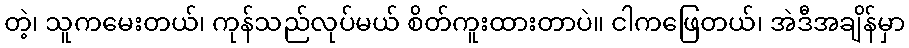
တဲ့၊ သူကမေးတယ်၊ ကုန်သည်လုပ်မယ် စိတ်ကူးထားတာပဲ။ ငါကဖြေတယ်၊ အဲဒီအချိန်မှာ